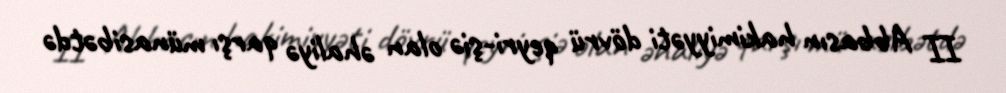
II Abbasın hakimiyyəti dövrü qeyri-şiə olan əhaliyə qarşı münasibətdə